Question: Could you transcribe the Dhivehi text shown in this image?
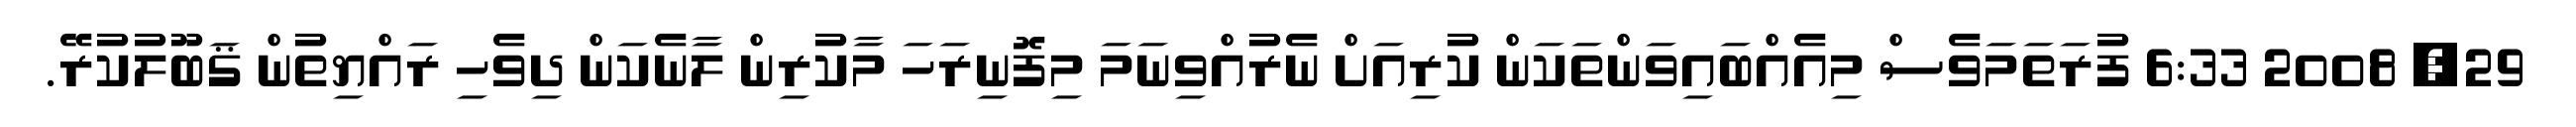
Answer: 29, 2008 6:33 ފުރަތަމަވެސް މިއެއްބައިވަންތަކަން ކުރިއަށް ނެރުއްވިނަމަ މިފޮނިރަހަ މާކުރިން ލާނެކަން ދިވެހި ރައްޔިތުން ޤަބޫލުކުރޭ.